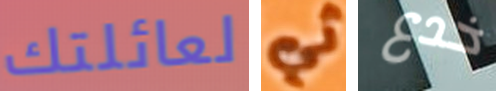
لعائلتك ثي خدع